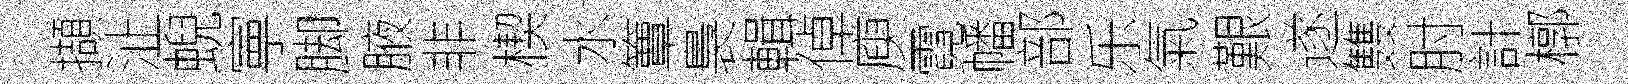
擷沚蜺寕脚腋非楔水簟裊輯倬庾霓幡部乐氣艱遂䨇肘計槨